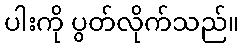
ပါးကို ပွတ်လိုက်သည်။